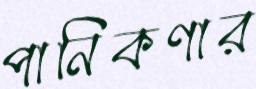
পানিকণার